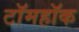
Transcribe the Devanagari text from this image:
टॉमहॉक